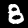
Digit: 8